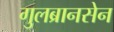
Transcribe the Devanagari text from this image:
गुलब्रानसेन